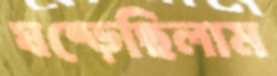
ঘষ্‌ড়েছিলাম